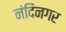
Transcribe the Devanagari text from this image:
नंदिनगर